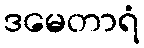
ဒမေတာရံ